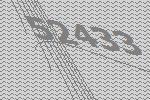
52433